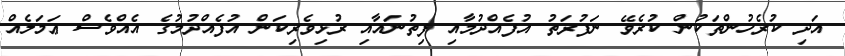
އަދި ކުރެހުންތަކުން ކުރެވޭ ނަފުރަތު އުފެއްދުމާއި ފިތުނައާއި ރުޅިވެރިކަން އުފެއްދުމުގެ އެއްވެސް ޢަމަލެއް